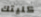
كليتك